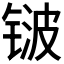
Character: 𬭛